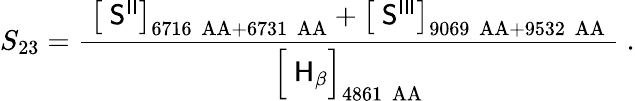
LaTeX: S_{23}={\frac{\ \left[\ {\mathsf{S}}^{\mathsf{II}}\right]_{6716~\mathrm{\ AA}+6731~\mathrm{\ AA}}+\left[\ {\mathsf{S}}^{\mathsf{III}}\right]_{9069~\mathrm{\ AA}+9532~\mathrm{\ AA}}\ }{{\Bigl[}\ {\mathsf{H}}_{\mathsf{\beta}}{\Bigr]}_{4861~\mathrm{\ AA}}}}~.